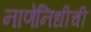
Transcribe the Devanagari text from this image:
नाणेनिधीची